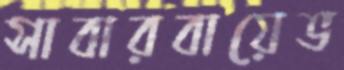
সাবারবায়েভ